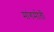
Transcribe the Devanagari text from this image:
मांगमोती